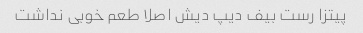
پیتزا رست بیف دیپ دیش اصلا طعم خوبی نداشت